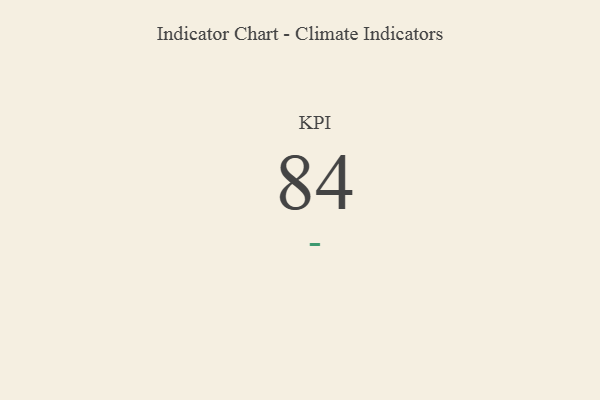
{"axis": {"x": "KPI", "y": "Value"}, "legend": [""], "data": [{"x": "KPI", "y": 84, "type": ""}]}